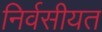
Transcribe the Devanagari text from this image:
निर्वसीयत